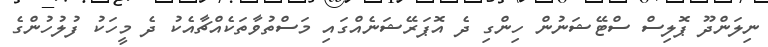
ނިލަންދޫ ޕޮލިސް ސްޓޭޝަނުން ހިންގި ދެ އޮޕަރޭޝަނެއްގައި މަސްތުވާތަކެއްޗާއެކު ދެ މީހަކު ފުލުހުންގެ